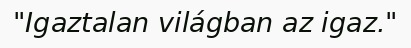
"Igaztalan világban az igaz."